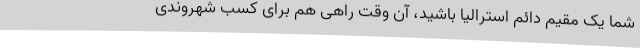
شما یک مقیم دائم استرالیا باشید، آن وقت راهی هم برای کسب شهروندی